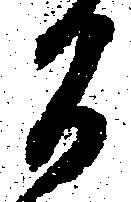
間